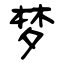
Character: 梦